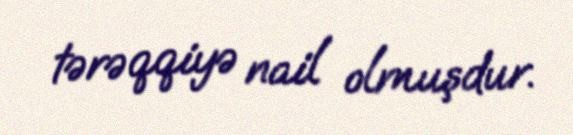
tərəqqiyə nail olmuşdur.